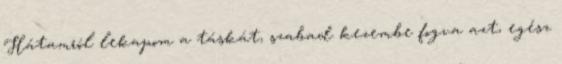
Hátamról lekapom a táskát, szabad kezembe fogva azt, egész